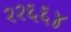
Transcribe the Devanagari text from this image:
२२६६४